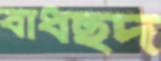
বাধছদ